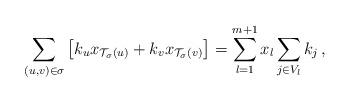
LaTeX: \begin{align*} \sum_{(u,v)\in\sigma}\left[k_ux_{\mathcal T_\sigma(u)}+k_vx_{\mathcal T_\sigma(v)}\right]=\sum_{l=1}^{m+1}x_l\sum_{j\in V_l}k_j\,,\end{align*}